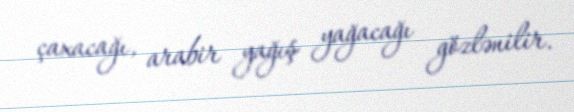
çaxacağı, arabir yağış yağacağı gözlənilir.